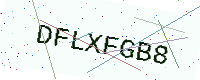
Text: DFLXFGB8